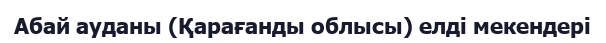
Абай ауданы (Қарағанды облысы) елді мекендері